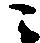
こ